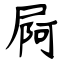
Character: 屙